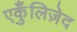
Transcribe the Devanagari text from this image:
एकुँलिज़ेद